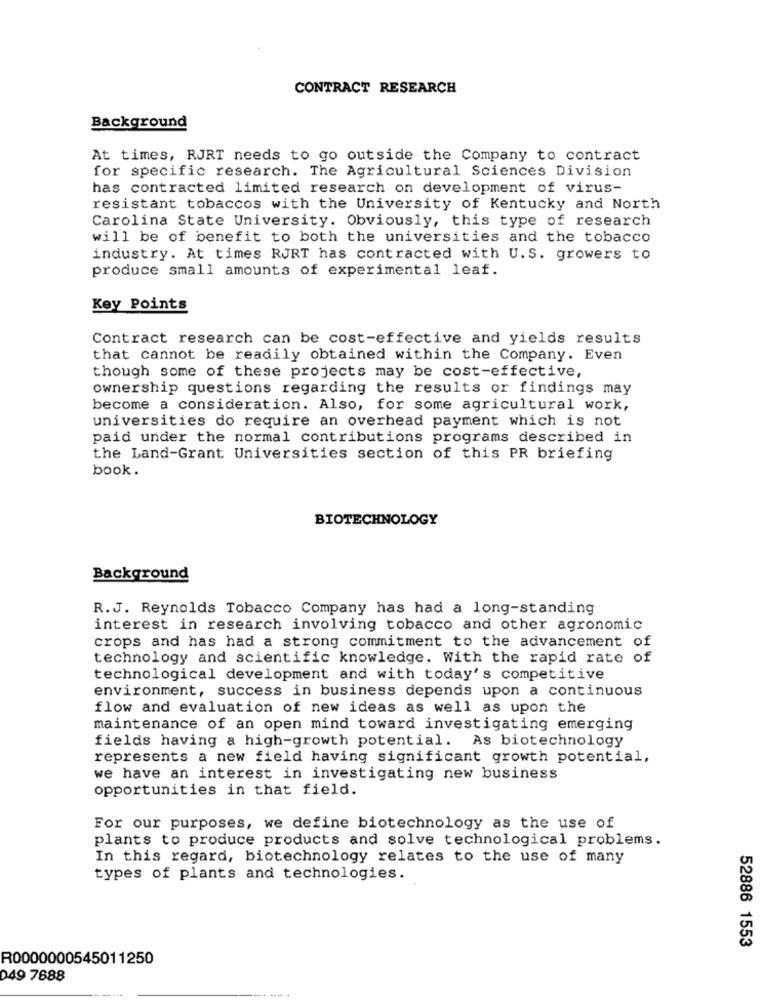
CONTRACT RESEARCH
Background
At times, RJRT needs to go outside the Company to contract
for specific research. The Agricultural Sciences Division
has contracted limited research on development of virus-
resistant tobaccos with the University of Kentucky and North
Carolina State University. Obviously, this type of research
will be of benefit to both the universities and the tobacco
industry. At times RJRT has contracted with U.S. growers to
produce small amounts of experimental leaf.
Key Points
Contract research can be cost-effective and yields results
that cannot be readily obtained within the Company. Even
though some of these projects may be cost-effective,
ownership questions regarding the results or findings may
become a consideration. Also, for some agricultural work,
universities do require an overhead payment which is not
paid under the normal contributions programs described in
the Land-Grant Universities section of this PR briefing
book.
BIOTECHNOLOGY
Background
R.J. Reynolds Tobacco Company has had a long-standing
interest in research involving tobacco and other agronomic
crops and has had a strong commitment to the advancement of
technology and scientific knowledge. With the rapid rate of
technological development and with today's competitive
environment, success in business depends upon a continuous
flow and evaluation of new ideas as well as upon the
maintenance of an open mind toward investigating emerging
fields having a high-growth potential.
As biotechnology
represents a new field having significant growth potential,
we have an interest in investigating new business
opportunities in that field.
For our purposes, we define biotechnology as the use of
plants to produce products and solve technological problems.
In this regard, biotechnology relates to the use of many
types of plants and technologies.
52886 1553
R0000000545011250
049 7688